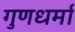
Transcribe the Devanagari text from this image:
गुणधर्मा